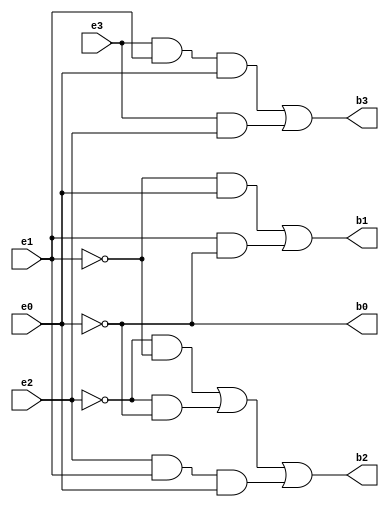
module excess3_bcd
  (input e3,e2,e1,e0,
   output b3,b2,b1,b0);
  
  wire a,b,c,d,e,f,g,h,i,j;
  
  and a1(a,e3,e1,e0);
  and a2(b,e3,e2);
  or r1(b3,a,b);
  not n1(c,e2);
  not n2(d,e1);
  and a3(e,c,d);
  not n3(f,e0);
  and a4(g,c,f);
  and a5(h,e2,e1,e0);
  or r2(b2,e,g,h);
  and a6(i,d,e0);
  and a7(j,e1,f);
  or r3(b1,i,j);
  buf (b0,f);
endmodule